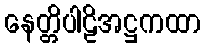
နေတ္တိပါဠိအဋ္ဌကထာ